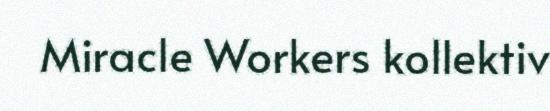
Miracle Workers kollektiv